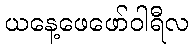
ယနေ့ဖေဖော်ဝါရီလ